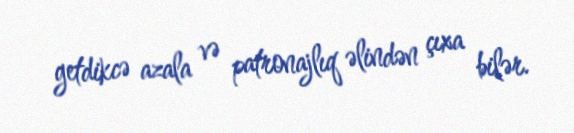
getdikcə azala və patronajlıq əlindən çıxa bilər.